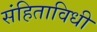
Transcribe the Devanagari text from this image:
संहिताविधी